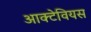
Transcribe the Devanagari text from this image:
आक्टेवियस